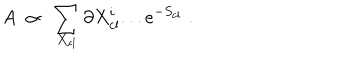
LaTeX: A ~ \propto ~ \sum _ { X _ { \mathrm { c l } } } \partial X _ { \mathrm { c l } } ^ { i } . . . e ^ { - S _ { \mathrm { c l } } } \; .